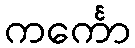
ကင်္ကော